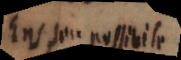
Ens seu possibile